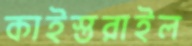
কাইস্তরাইল